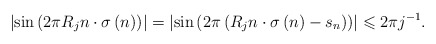
\begin{align*}\left\vert \sin\left( 2\pi R_{j}n\cdot\sigma\left( n\right) \right)\right\vert =\left\vert \sin\left( 2\pi\left( R_{j}n\cdot\sigma\left(n\right) -s_{n}\right) \right) \right\vert \leqslant2\pi j^{-1}.\end{align*}